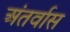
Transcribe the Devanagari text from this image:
अंतर्वास